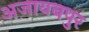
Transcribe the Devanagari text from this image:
अजायबपुर